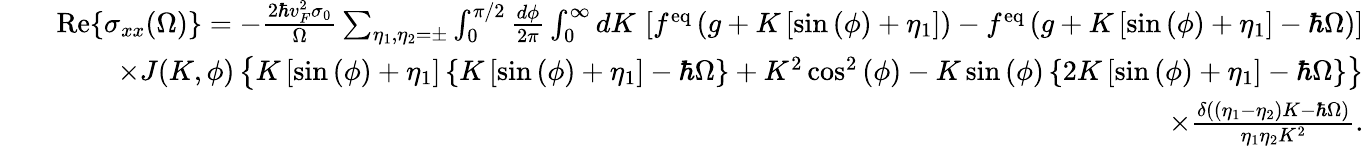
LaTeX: \begin{array}{rlr}&{}&{\mathrm{Re}{\left\{ \sigma_{xx}(\Omega)\right\} }=-\frac{2\hbar v_{F}^{2}\sigma_{0}}{\Omega}\sum_{\eta_{1},\eta_{2}=\pm}\int_{0}^{\pi/2}\frac{d\phi}{2\pi}\int_{0}^{\infty}dK\, \left[f^{\mathrm{eq}}\left(g+K\left[\sin{(\phi)}+\eta_{1}\right]\right)-f^{\mathrm{eq}}\left(g+K\left[\sin{(\phi)}+\eta_{1}\right]-\hbar\Omega\right)\right]}\\ &{}&{\times J(K,\phi)\left\{ K\left[\sin{(\phi)}+\eta_{1}\right]\left\{ K\left[\sin{(\phi)}+\eta_{1}\right]-\hbar\Omega\right\} +K^{2}\cos^{2}{(\phi)}-K\sin{(\phi)}\left\{ 2K\left[\sin{(\phi)}+\eta_{1}\right]-\hbar\Omega\right\} \right\} }\\ &{}&{\times\frac{\delta\left((\eta_{1}-\eta_{2})K-\hbar\Omega\right)}{\eta_{1}\eta_{2}K^{2}}.}\end{array}